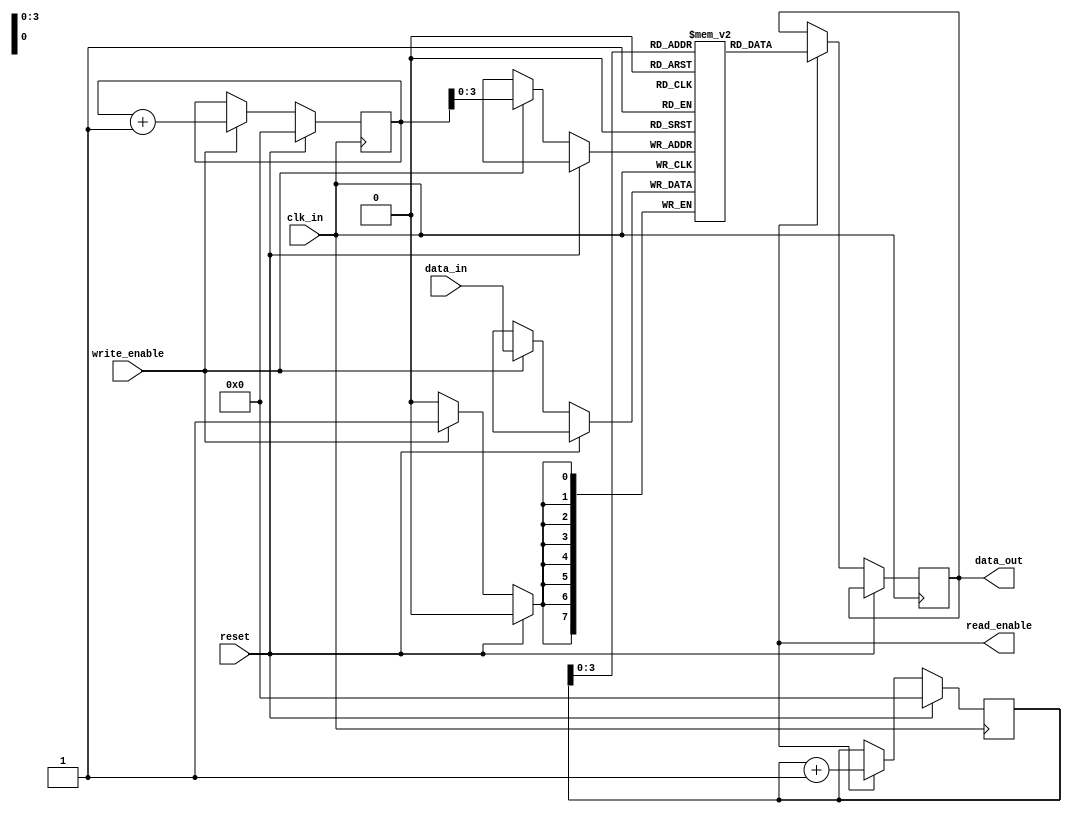
module synchronous_fifo (
    input wire clk_in,
    input wire reset,
    input wire [DATA_WIDTH-1:0] data_in,
    input wire write_enable,
    output wire read_enable,
    output wire [DATA_WIDTH-1:0] data_out
);

parameter DATA_WIDTH = 8;
parameter FIFO_DEPTH = 16;

reg [DATA_WIDTH-1:0] fifo [0:FIFO_DEPTH-1];
reg [5:0] read_ptr = 6'd0;
reg [5:0] write_ptr = 6'd0;

always @(posedge clk_in) begin
    if (reset) begin
        read_ptr <= 6'd0;
        write_ptr <= 6'd0;
    end else begin
        if (write_enable) begin
            fifo[write_ptr] <= data_in;
            write_ptr <= write_ptr + 1;
        end
        if (read_enable) begin
            data_out <= fifo[read_ptr];
            read_ptr <= read_ptr + 1;
        end
    end
end

endmodule